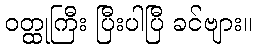
ဝတ္ထုကြီး ပြီးပါပြီ ခင်ဗျား။